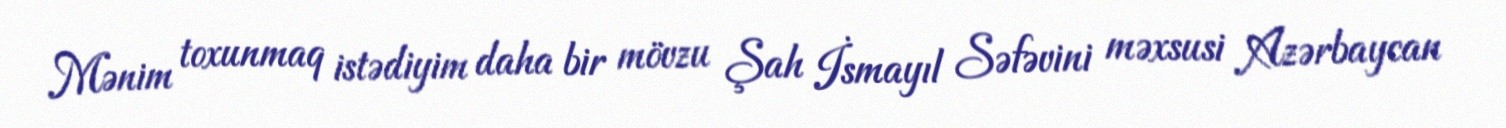
Mənim toxunmaq istədiyim daha bir mövzu Şah İsmayıl Səfəvini məxsusi Azərbaycan